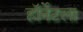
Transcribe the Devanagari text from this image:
हॉर्नेटला